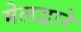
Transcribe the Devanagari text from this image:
मेलद्वारे